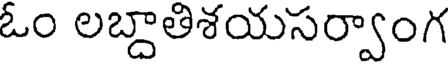
ఓం లబ్దాతిశయసర్వాంగ